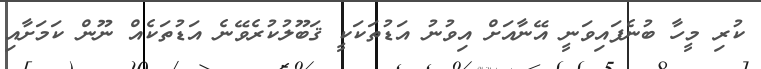
ކުރި މީހާ ބުނެފައިވަނީ އޭނާއަށް އިވުނު އަޑުތަކަކީ ޤަބޫލުކުރެވޭނެ އަޑުތަކެއް ނޫން ކަމަށާއި